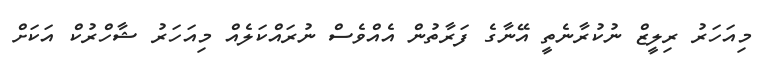
މިއަހަރު ރިލީޒް ނުކުރާނެތީ އޭނާގެ ފަރާތުން އެއްވެސް ނުރައްކަލެއް މިއަހަރު ޝާހްރުކް އަކަށް